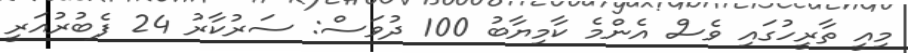
މިއީ ތާރީހުގައި ވެސް އެންމެ ކާމިޔާބު 100 ދުވަސް: ސަރުކާރު 24 ފެބުރުއަރީ